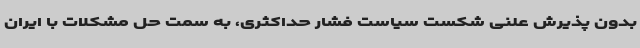
بدون پذیرش علنی شکست سیاست فشار حداکثری، به سمت حل مشکلات با ایران